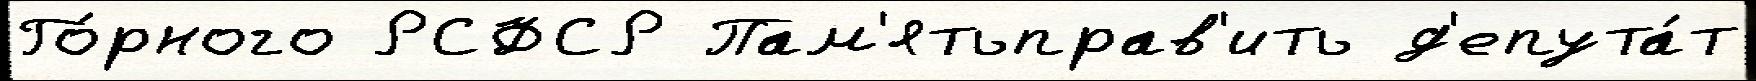
Го́рного РСФСР Пам'ятьправ'ить д'епута́т